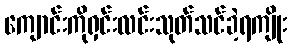
ကျောင်းကိုရှင်းလင်းသုတ်သင်ခဲ့ရကျိုး